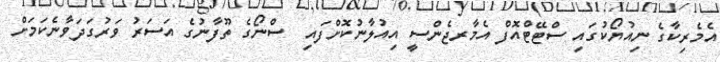
އެމެރިކާގެ ނިއުޔޯކުގައި ސްޓޭޓްއޮފް އެމާރޖެންސީ އިއުލާނުކޮށްފައި  ސްްނޯގެ ތޫފާނުގެ އަސަރު ވަަރުގަދަވާނެކަމަށް